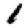
Digit: 1